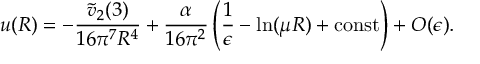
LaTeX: u ( R ) = - \frac { \tilde { v } _ { 2 } ( 3 ) } { 1 6 \pi ^ { 7 } R ^ { 4 } } + \frac { \alpha } { 1 6 \pi ^ { 2 } } \left( \frac { 1 } { \epsilon } - \ln ( \mu R ) + \mathrm { c o n s t } \right) + O ( \epsilon ) .